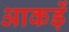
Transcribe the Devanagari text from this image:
आकड़ें